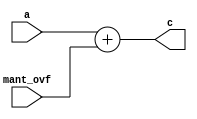
module add_mantovf (a,mant_ovf,c);
parameter N=10;
input [N:0] a;
input mant_ovf;
output [N:0] c;
assign c = a + mant_ovf;
endmodule